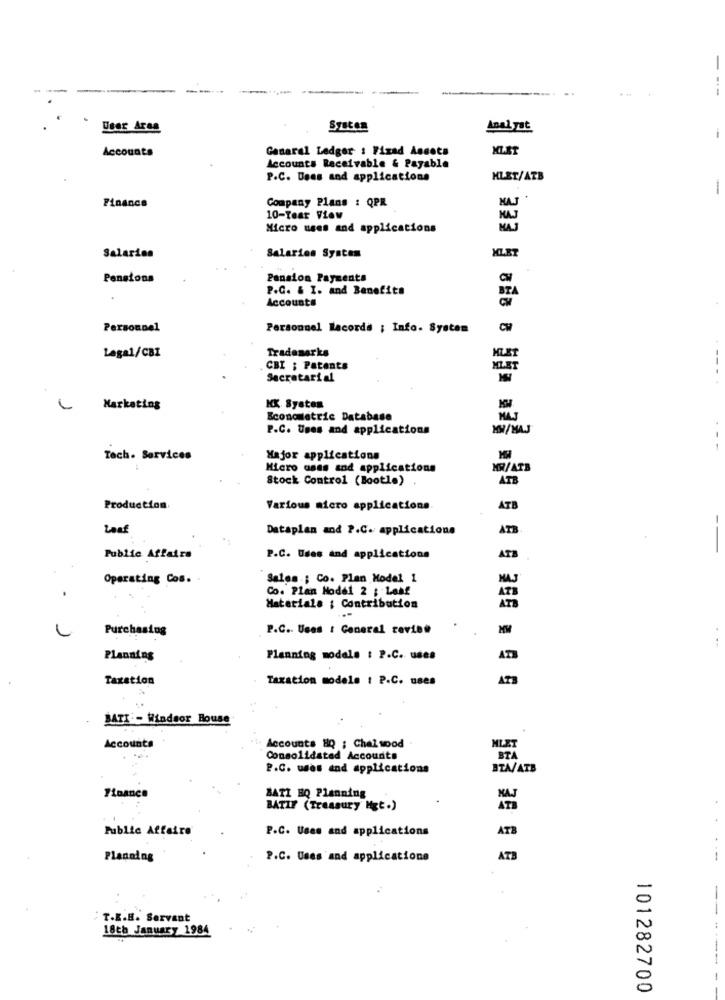
User Area
System
Analyst
i
Accounts
Ganaral Ledger : Fixed Assets
Accounts Receivable & Payable
P.C. Dees and applications
KLET/ATB
-
Company Plans : QPR
Finance
10-Tear View
HAJ
Micro uses and applications
MAS
Salarios
Salaries System
Pensions
Pension Payments
P.C. & I. and Benefits
Accounts
Personnel
Personnel lacorde ; Info. System
Lagal/CBI
Trademarks
KLET
CBI ; Patents
MLET
Secretarial
Marketing
KX System
Econometric Database
MAJ
P.C. Uses and applications
KW/MAJ
Tech. Services
Major applications
Micro uses and applications
MR/ATB
Stock Control (Bootle)
ATB
Production
Various micro applications
ATB
Laaf
Dataplan and P.C. applications
ATB
--
Public Affairs
P.C. Udes and applications
ATB
Operating Cos. .
Sales .; Co. Plan Model 1
MAJ
Co. Plan Model 2 ; Lahf
Materiale : Contribution
Purchasing
P.C. Uses : General revie#
Planning
Planning models : P.C. uses
ATB
Taxation
Taxation modele : P.C. uses
AT3
BATI - Windsor House
Accounts
Accounts HQ : Chal spod
MLET
Consolidated Accounts
BTA
P.C. uses and applications
BTA/ATB
71bancs
BATI BQ Planning
BATIF (Treasury Mgt.)
Public Affaire
P.C. Uses and applications
ATB
Planning
P.C. Uses and applications
ATB
--
T.E.B. Servant
18th January 1984
------
101282700